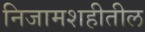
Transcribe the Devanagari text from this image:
निजामशहीतील